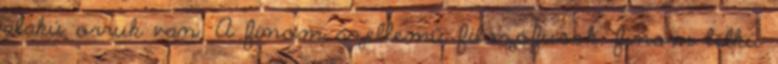
alakú orruk van. A finom szellemű filozófusok, finom lelkű